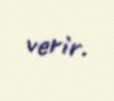
verir.